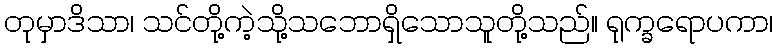
တုမှာဒိသာ၊ သင်တို့ကဲ့သို့သဘောရှိသောသူတို့သည်။ ရုက္ခရောပကာ၊